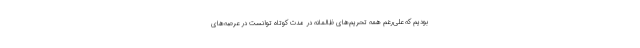
بودیم که علی‌رغم همه تحریم‌های ظالمانه در مدت کوتاه توانست در عرصه‌های